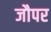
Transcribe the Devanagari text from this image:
जौपर